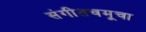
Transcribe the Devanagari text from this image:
संगीतचमूचा